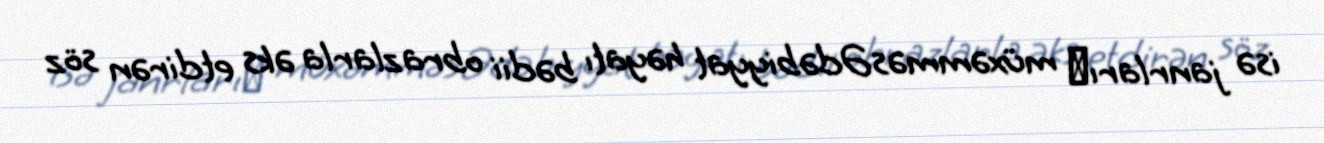
isə janrlarıː müxəmməsƏdəbiyyat həyatı bədii obrazlarla əks etdirən söz